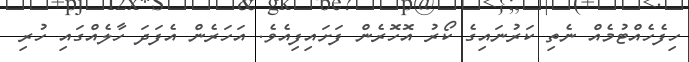
ހިފެހެއްޓުމެއް ނެތި ކަރުނައިގެ ކޯރު އޮހޮރެން ފަށައިފިއެވެ. އަހަރެން އެފަދަ ހާލެއްގައި ހުރި